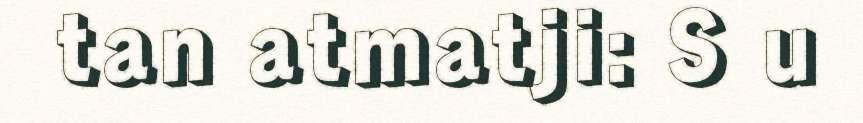
tan atmatji: S u